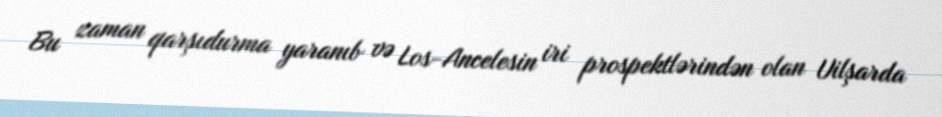
Bu zaman qarşıdurma yaranıb və Los-Ancelesin iri prospektlərindən olan Uilşarda